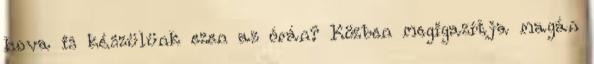
hova is készülünk ezen az órán? Közben megigazítja magán